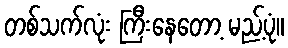
တစ်သက်လုံး ကြီးနေတော့ မည့်ပုံ။